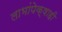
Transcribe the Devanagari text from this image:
लाभांपेक्षाही